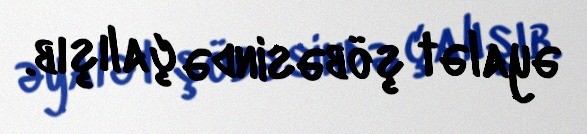
əyalət şöbəsində çalışıb.